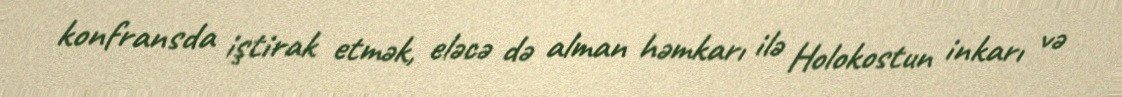
konfransda iştirak etmək, eləcə də alman həmkarı ilə Holokostun inkarı və